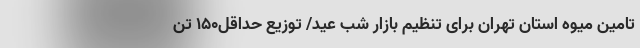
تامین میوه استان تهران برای تنظیم بازار شب عید/ توزیع حداقل150 تُن